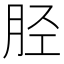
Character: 胫